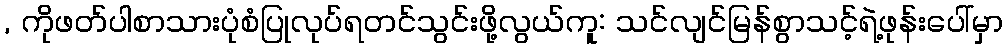
, ကိုဖတ်ပါစာသားပုံစံပြုလုပ်ရတင်သွင်းဖို့လွယ်ကူ: သင်လျင်မြန်စွာသင့်ရဲ့ဖုန်းပေါ်မှာ